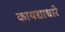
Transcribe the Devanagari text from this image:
कायद्याधारे